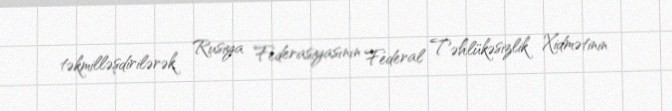
təkmilləşdirilərək Rusiya Federasiyasının Federal Təhlükəsizlik Xidmətinin